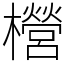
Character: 櫿